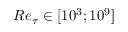
R e _ { \tau } \in [ 1 0 ^ { 3 } ; 1 0 ^ { 9 } ]